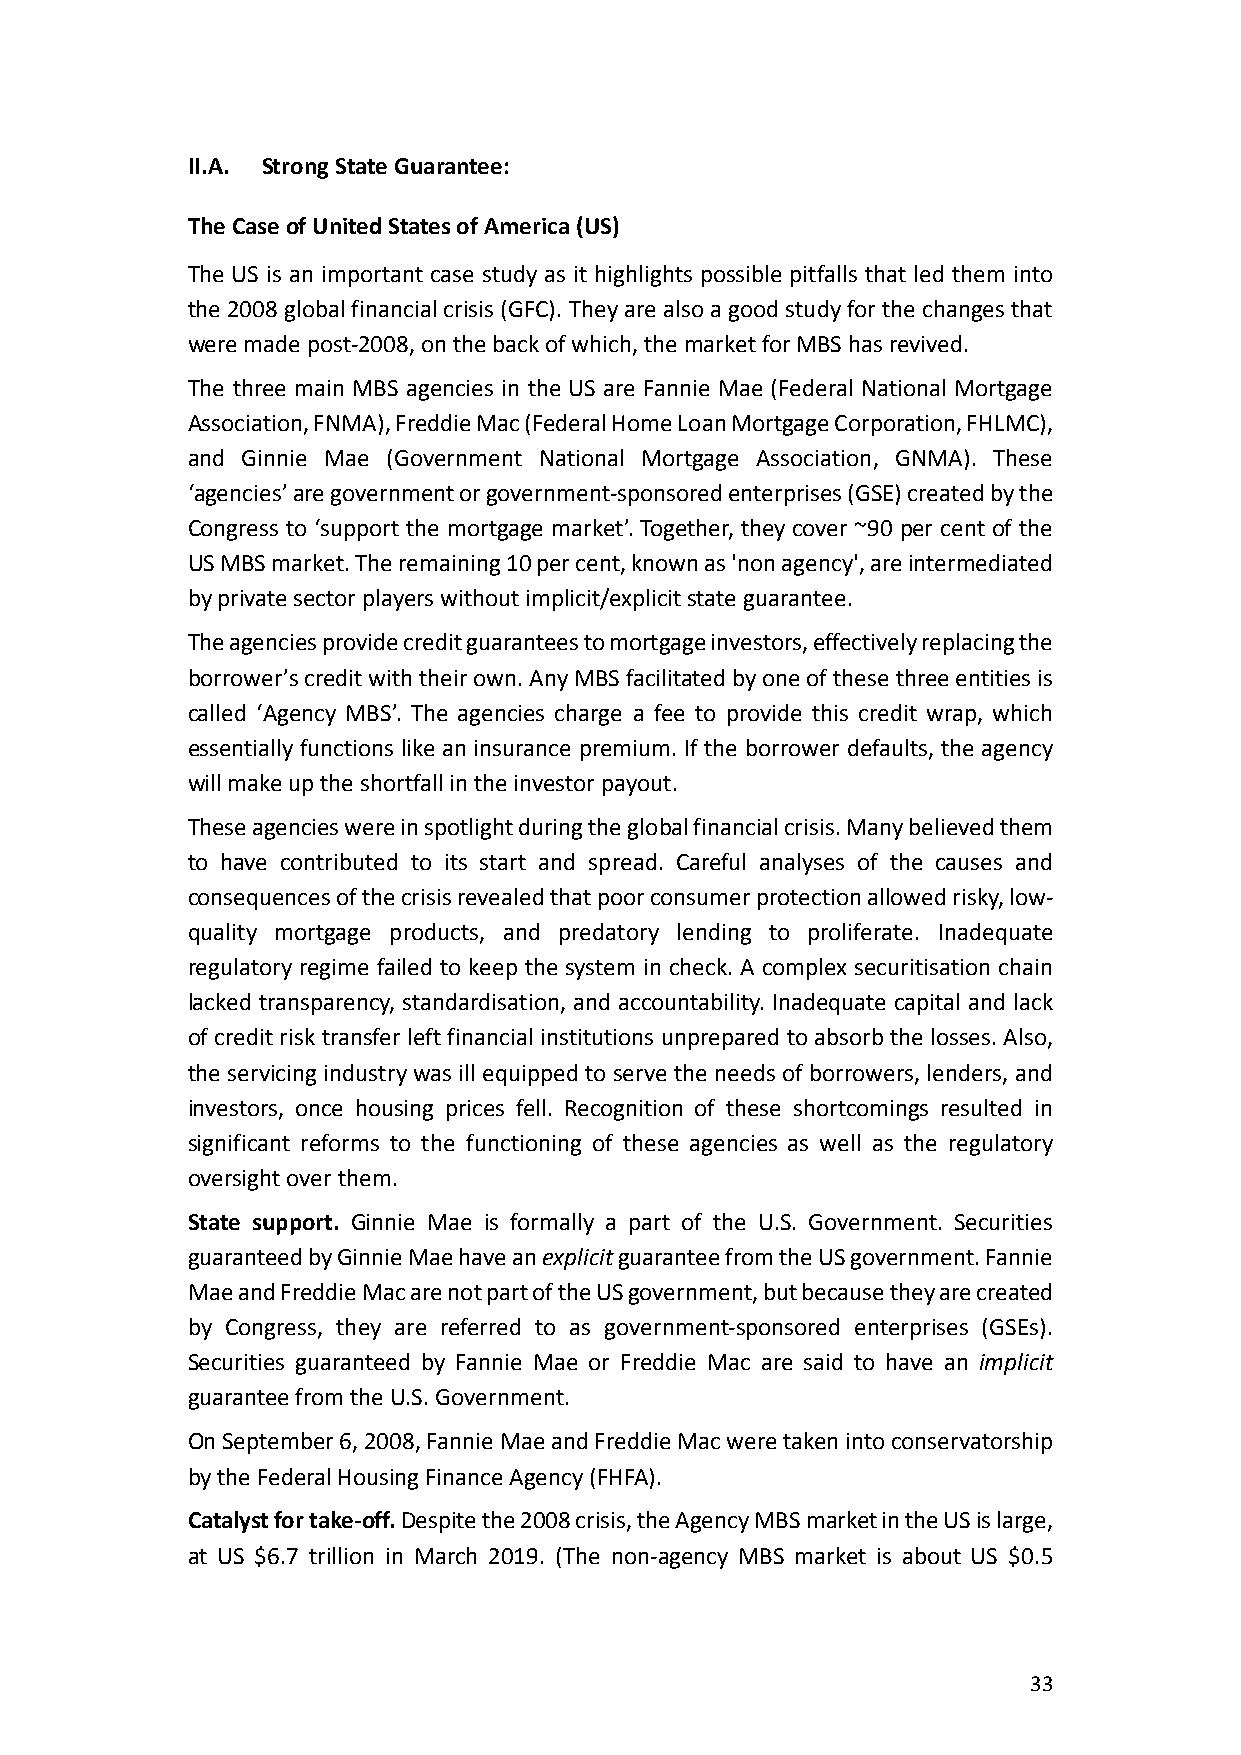
II.A. Strong State Guarantee:
 The Case of United States of America (US)
 The US is an important case study as it highlights possible pitfalls that led them into
 the 2008 global financial crisis (GFC). They are also a good study for the changes that
 were made post-2008, on the back of which, the market for MBS has revived.
 The three main MBS agencies in the US are Fannie Mae (Federal National Mortgage
 Association, FNMA), Freddie Mac (Federal Home Loan Mortgage Corporation, FHLMC),
 and Ginnie Mae (Government National Mortgage Association, GNMA). These
 ‘agencies’ are government or government-sponsored enterprises (GSE) created by the
 Congress to ‘support the mortgage market’. Together, they cover ~90 per cent of the
 US MBS market. The remaining 10 per cent, known as 'non agency', are intermediated
 by private sector players without implicit/explicit state guarantee.
 The agencies provide credit guarantees to mortgage investors, effectively replacing the
 borrower’s credit with their own. Any MBS facilitated by one of these three entities is
 called ‘Agency MBS’. The agencies charge a fee to provide this credit wrap, which
 essentially functions like an insurance premium. If the borrower defaults, the agency
 will make up the shortfall in the investor payout.
 These agencies were in spotlight during the global financial crisis. Many believed them
 to have contributed to its start and spread. Careful analyses of the causes and
 consequences of the crisis revealed that poor consumer protection allowed risky, low-
 quality mortgage products, and predatory lending to proliferate. Inadequate
 regulatory regime failed to keep the system in check. A complex securitisation chain
 lacked transparency, standardisation, and accountability. Inadequate capital and lack
 of credit risk transfer left financial institutions unprepared to absorb the losses. Also,
 the servicing industry was ill equipped to serve the needs of borrowers, lenders, and
 investors, once housing prices fell. Recognition of these shortcomings resulted in
 significant reforms to the functioning of these agencies as well as the regulatory
 oversight over them.
 State support. Ginnie Mae is formally a part of the U.S. Government. Securities
 guaranteed by Ginnie Mae have an explicit guarantee from the US government. Fannie
 Mae and Freddie Mac are not part of the US government, but because they are created
 by Congress, they are referred to as government-sponsored enterprises (GSEs).
 Securities guaranteed by Fannie Mae or Freddie Mac are said to have an implicit
 guarantee from the U.S. Government.
 On September 6, 2008, Fannie Mae and Freddie Mac were taken into conservatorship
 by the Federal Housing Finance Agency (FHFA).
 Catalyst for take-off. Despite the 2008 crisis, the Agency MBS market in the US is large,
 at US $6.7 trillion in March 2019. (The non-agency MBS market is about US $0.5
 33